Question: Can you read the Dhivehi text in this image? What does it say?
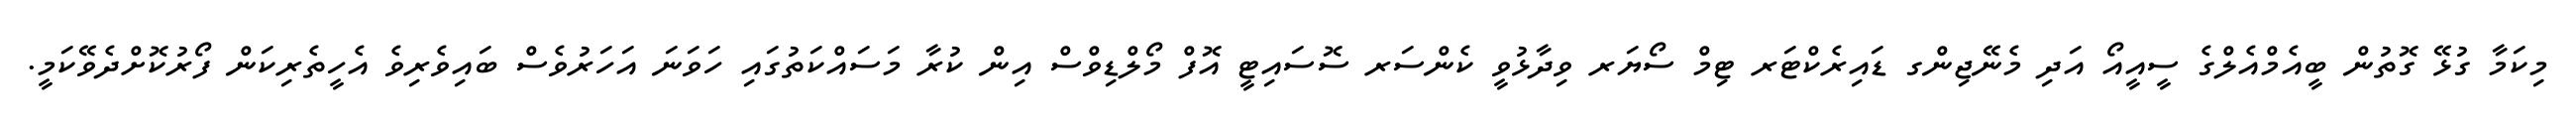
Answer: މިކަމާ ގުޅޭ ގޮތުން ބީއެމްއެލްގެ ސީއީއޯ އަދި މެނޭޖިންގ ޑައިރެކްޓަރ ޓިމް ސޯޔަރ ވިދާޅުވީ ކެންސަރ ސޮސައިޓީ އޮފް މޯލްޑިވްސް އިން ކުރާ މަސައްކަތުގައި ހަވަނަ އަހަރުވެސް ބައިވެރިވެ އެހީތެރިކަން ފޯރުކޮށްދެވޭކަމީ.